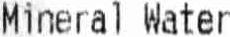
MINERAL WATER